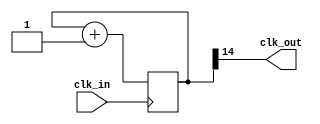
module div_frec(
	input wire clk_in,
	output wire clk_out
	);

	// Valor por defecto del divisor
	parameter M = 100_000_000;
	// log2(M)
	localparam N = 15;

	// Registro para implementar el contador modulo M
	reg [N-1:0] divcounter = 0;

	// Contador mdulo M
	always @(posedge clk_in)
		if (divcounter == M - 1)
			divcounter <= 0;
		else
			divcounter <= divcounter + 1;

	// Sacar el bit mas significativo por clk_out
	assign clk_out = divcounter[N-1];

endmodule